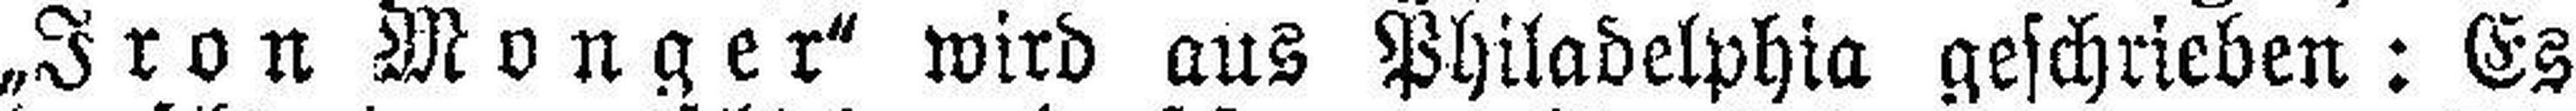
„Iron Monger" wird aus Philadelphia geschrieben : Es